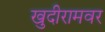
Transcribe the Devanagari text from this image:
खुदीरामवर